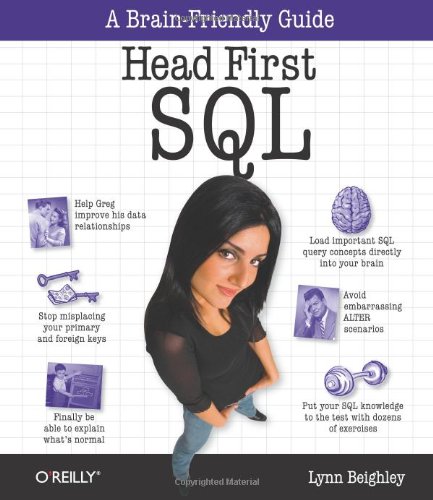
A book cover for Head First SQL: Your Brain on SQL -- A Learner's Guide; Lynn Beighley; Computers & Technology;